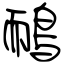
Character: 鴯